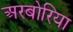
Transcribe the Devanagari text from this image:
अरबोरिया